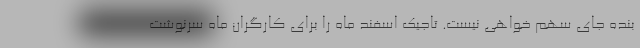
بنده جای سهم خواهی نیست. تاجیک اسفند ماه را برای کارگران ماه سرنوشت